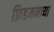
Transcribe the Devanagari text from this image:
फ्रिडमनच्या